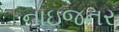
નાઇજનર